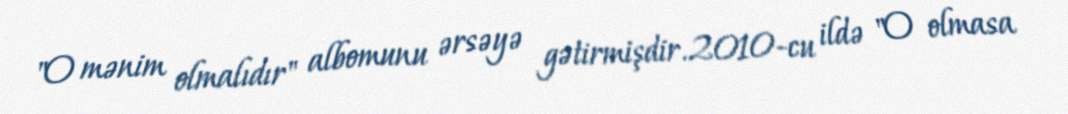
"O mənim olmalıdır" albomunu ərsəyə gətirmişdir.2010-cu ildə "O olmasa